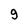
Character: 9